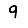
Digit: 9